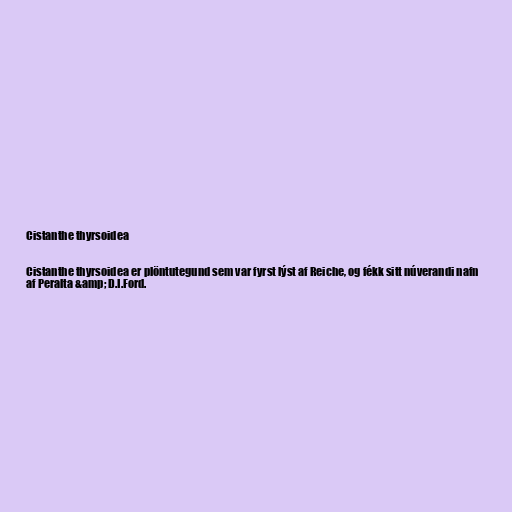
Cistanthe thyrsoidea

Cistanthe thyrsoidea er plöntutegund sem var fyrst lýst af Reiche, og fékk sitt núverandi nafn
af Peralta &amp; D.I.Ford.